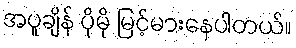
အပူချိန် ပိုမို မြင့်မားနေပါတယ်။